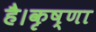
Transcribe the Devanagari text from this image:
है।कृष्णा